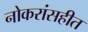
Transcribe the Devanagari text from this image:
नोकरांसहीत